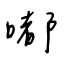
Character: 嘟